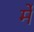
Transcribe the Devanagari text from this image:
र्मे